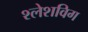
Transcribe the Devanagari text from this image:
श्लेशविग